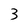
Character: 3